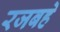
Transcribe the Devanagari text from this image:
रजबहे